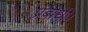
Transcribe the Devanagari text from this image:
प्रबोधी।